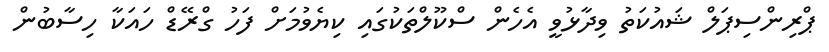
ޕްރިންސިޕަލް ޝައުކަތު ވިދާޅުވީ އެހެން ސްކޫލްތަކުގައި ކިޔެވުމަށް ފަހު ގްރޭޑް ހައަކާ ހިސާބުން